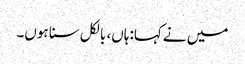
میں نے کہا:ہاں، بالکل سنا ہوں۔